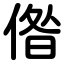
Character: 偺